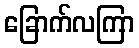
ခြောက်လကြာ